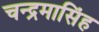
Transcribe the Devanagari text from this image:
चन्द्रमासिंह